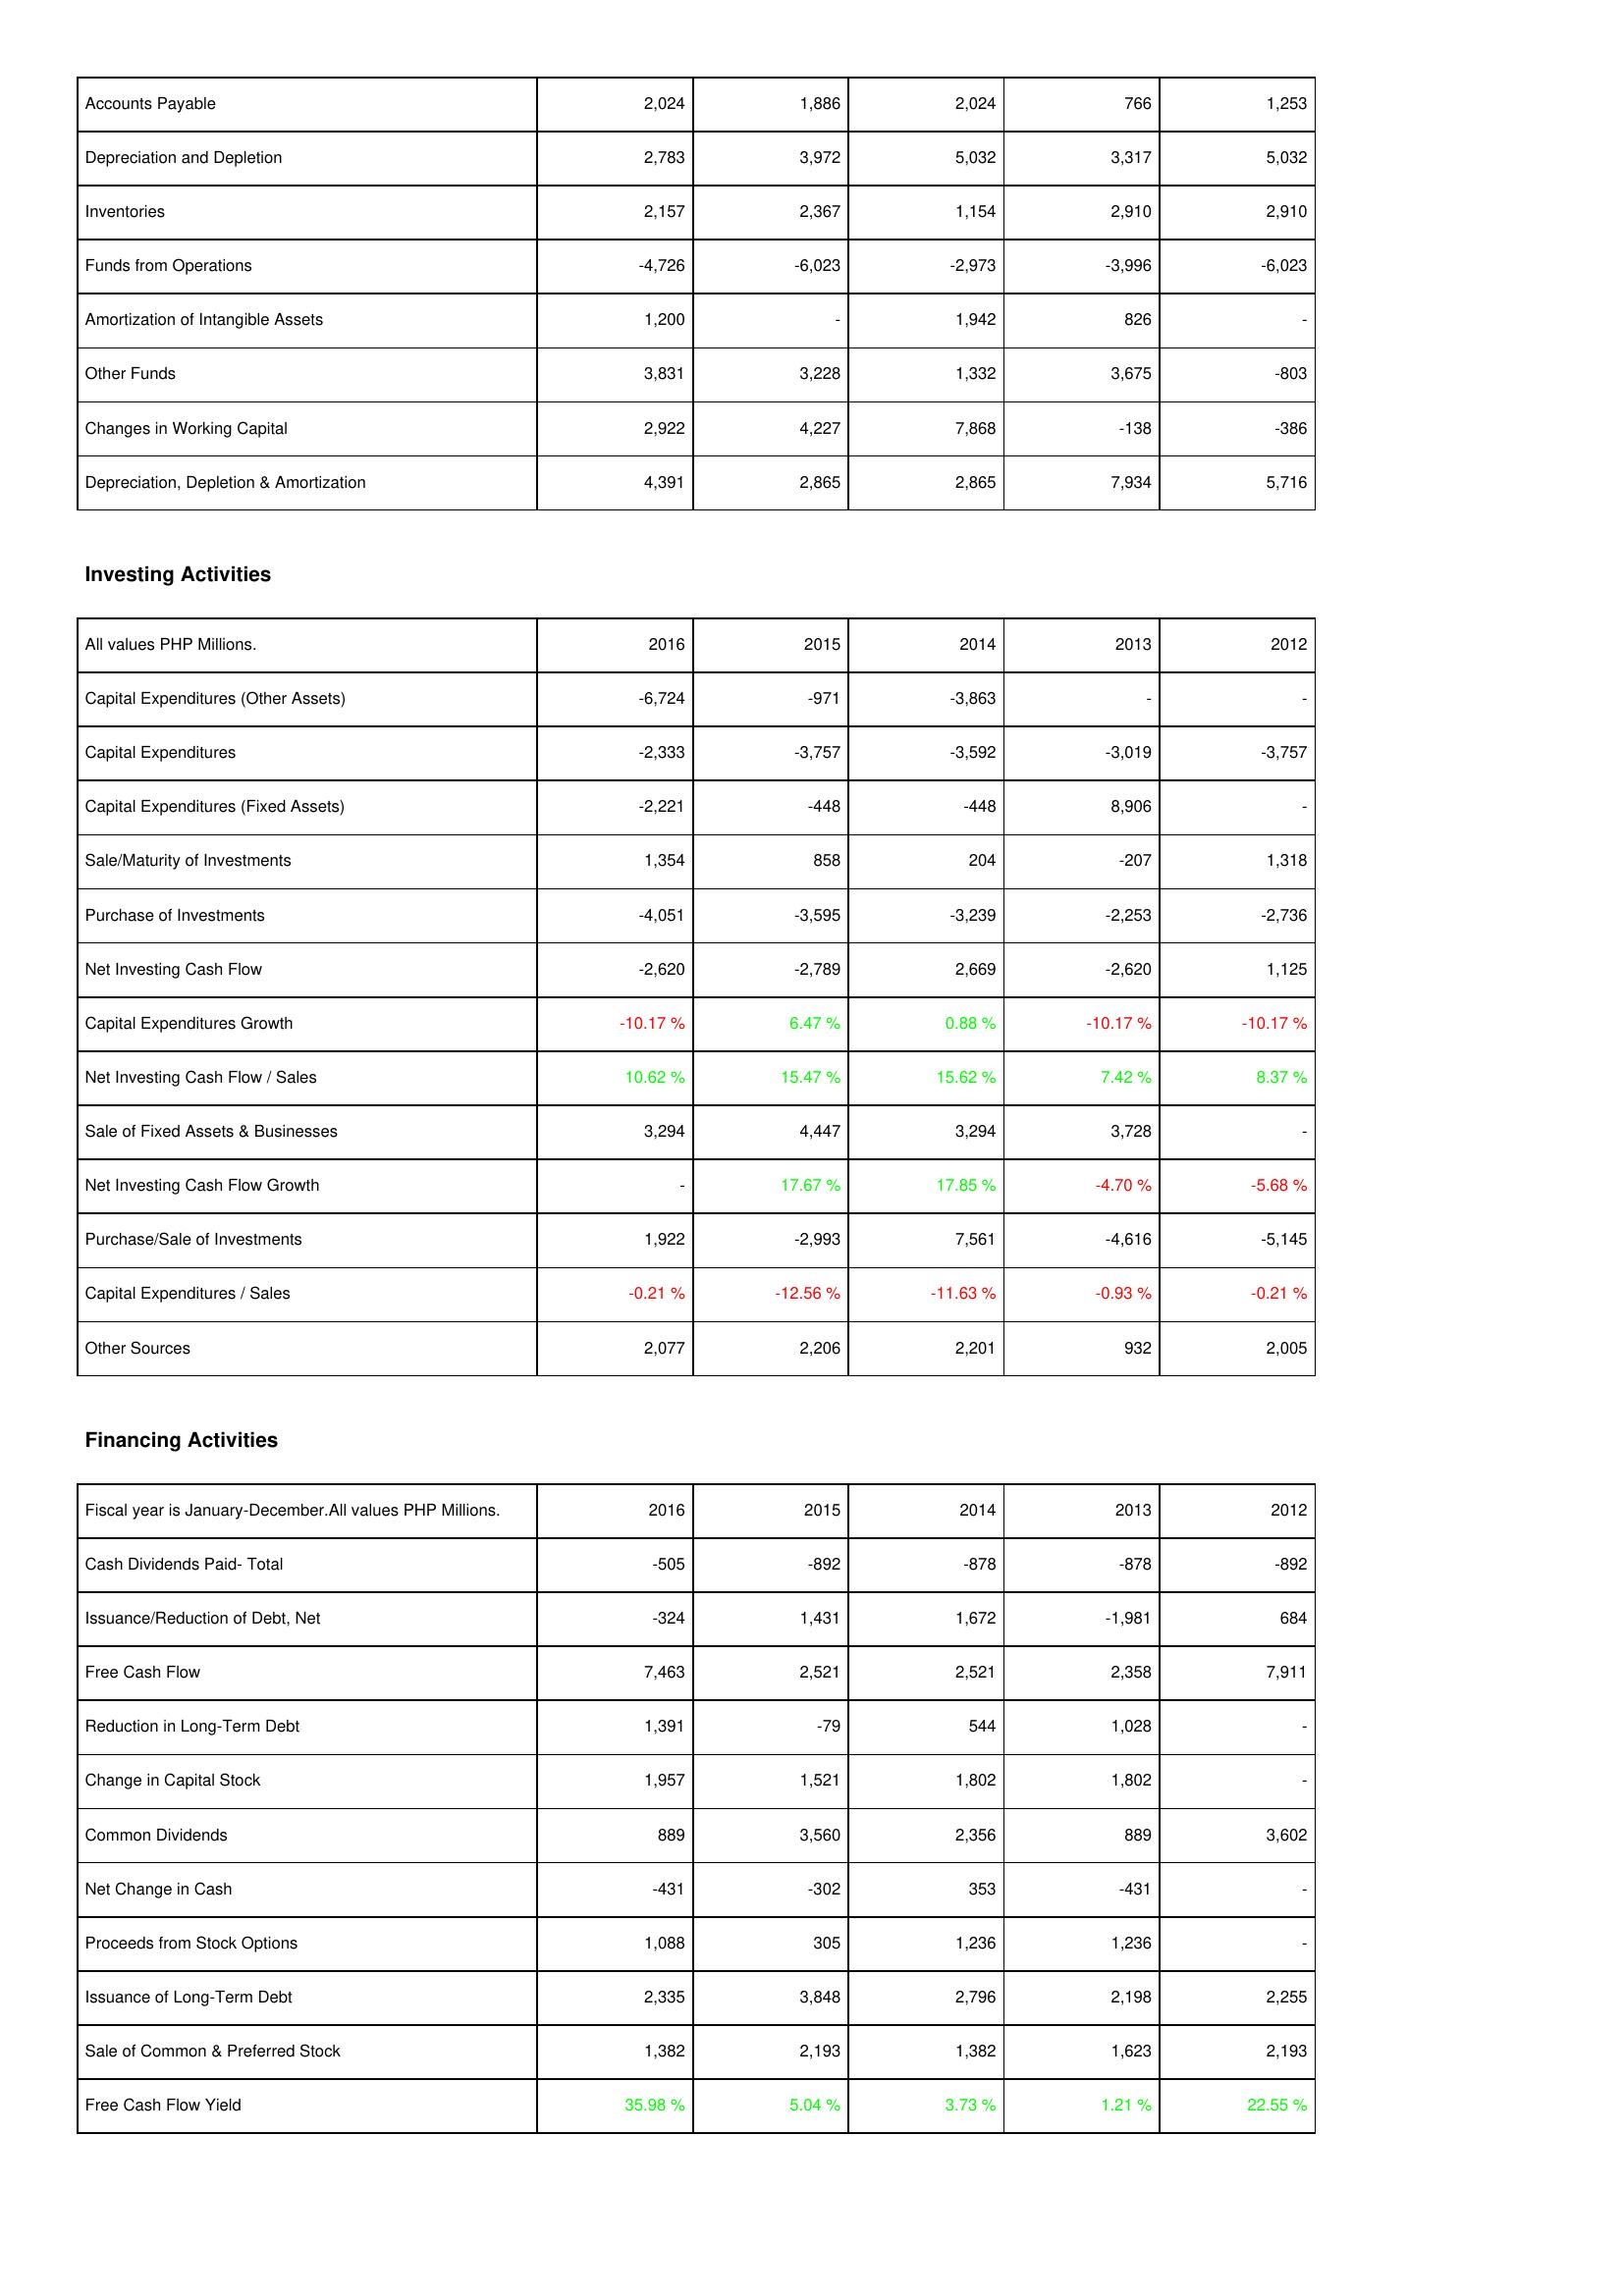
2016: Operating Activities: Accounts Payable: 2,024
Depreciation and Depletion: 2,783
Inventories: 2,157
Funds from Operations: -4,726
Amortization of Intangible Assets: 1,200
Other Funds: 3,831
Changes in Working Capital: 2,922
Depreciation, Depletion & Amortization: 4,391
Investing Activities: Capital Expenditures (Other Assets): -6,724
Capital Expenditures: -2,333
Capital Expenditures (Fixed Assets): -2,221
Sale/Maturity of Investments: 1,354
Purchase of Investments: -4,051
Net Investing Cash Flow: -2,620
Capital Expenditures Growth: -10.17 %
Net Investing Cash Flow / Sales: 10.62 %
Sale of Fixed Assets & Businesses: 3,294
Net Investing Cash Flow Growth: -
Purchase/Sale of Investments: 1,922
Capital Expenditures / Sales: -0.21 %
Other Sources: 2,077
Financing Activities: Cash Dividends Paid- Total: -505
Issuance/Reduction of Debt, Net: -324
Free Cash Flow: 7,463
Reduction in Long-Term Debt: 1,391
Change in Capital Stock: 1,957
Common Dividends: 889
Net Change in Cash: -431
Proceeds from Stock Options: 1,088
Issuance of Long-Term Debt: 2,335
Sale of Common & Preferred Stock: 1,382
Free Cash Flow Yield: 35.98 %
2015: Operating Activities: Accounts Payable: 1,886
Depreciation and Depletion: 3,972
Inventories: 2,367
Funds from Operations: -6,023
Amortization of Intangible Assets: -
Other Funds: 3,228
Changes in Working Capital: 4,227
Depreciation, Depletion & Amortization: 2,865
Investing Activities: Capital Expenditures (Other Assets): -971
Capital Expenditures: -3,757
Capital Expenditures (Fixed Assets): -448
Sale/Maturity of Investments: 858
Purchase of Investments: -3,595
Net Investing Cash Flow: -2,789
Capital Expenditures Growth: 6.47 %
Net Investing Cash Flow / Sales: 15.47 %
Sale of Fixed Assets & Businesses: 4,447
Net Investing Cash Flow Growth: 17.67 %
Purchase/Sale of Investments: -2,993
Capital Expenditures / Sales: -12.56 %
Other Sources: 2,206
Financing Activities: Cash Dividends Paid- Total: -892
Issuance/Reduction of Debt, Net: 1,431
Free Cash Flow: 2,521
Reduction in Long-Term Debt: -79
Change in Capital Stock: 1,521
Common Dividends: 3,560
Net Change in Cash: -302
Proceeds from Stock Options: 305
Issuance of Long-Term Debt: 3,848
Sale of Common & Preferred Stock: 2,193
Free Cash Flow Yield: 5.04 %
2014: Operating Activities: Accounts Payable: 2,024
Depreciation and Depletion: 5,032
Inventories: 1,154
Funds from Operations: -2,973
Amortization of Intangible Assets: 1,942
Other Funds: 1,332
Changes in Working Capital: 7,868
Depreciation, Depletion & Amortization: 2,865
Investing Activities: Capital Expenditures (Other Assets): -3,863
Capital Expenditures: -3,592
Capital Expenditures (Fixed Assets): -448
Sale/Maturity of Investments: 204
Purchase of Investments: -3,239
Net Investing Cash Flow: 2,669
Capital Expenditures Growth: 0.88 %
Net Investing Cash Flow / Sales: 15.62 %
Sale of Fixed Assets & Businesses: 3,294
Net Investing Cash Flow Growth: 17.85 %
Purchase/Sale of Investments: 7,561
Capital Expenditures / Sales: -11.63 %
Other Sources: 2,201
Financing Activities: Cash Dividends Paid- Total: -878
Issuance/Reduction of Debt, Net: 1,672
Free Cash Flow: 2,521
Reduction in Long-Term Debt: 544
Change in Capital Stock: 1,802
Common Dividends: 2,356
Net Change in Cash: 353
Proceeds from Stock Options: 1,236
Issuance of Long-Term Debt: 2,796
Sale of Common & Preferred Stock: 1,382
Free Cash Flow Yield: 3.73 %
2013: Operating Activities: Accounts Payable: 766
Depreciation and Depletion: 3,317
Inventories: 2,910
Funds from Operations: -3,996
Amortization of Intangible Assets: 826
Other Funds: 3,675
Changes in Working Capital: -138
Depreciation, Depletion & Amortization: 7,934
Investing Activities: Capital Expenditures (Other Assets): -
Capital Expenditures: -3,019
Capital Expenditures (Fixed Assets): 8,906
Sale/Maturity of Investments: -207
Purchase of Investments: -2,253
Net Investing Cash Flow: -2,620
Capital Expenditures Growth: -10.17 %
Net Investing Cash Flow / Sales: 7.42 %
Sale of Fixed Assets & Businesses: 3,728
Net Investing Cash Flow Growth: -4.70 %
Purchase/Sale of Investments: -4,616
Capital Expenditures / Sales: -0.93 %
Other Sources: 932
Financing Activities: Cash Dividends Paid- Total: -878
Issuance/Reduction of Debt, Net: -1,981
Free Cash Flow: 2,358
Reduction in Long-Term Debt: 1,028
Change in Capital Stock: 1,802
Common Dividends: 889
Net Change in Cash: -431
Proceeds from Stock Options: 1,236
Issuance of Long-Term Debt: 2,198
Sale of Common & Preferred Stock: 1,623
Free Cash Flow Yield: 1.21 %
2012: Operating Activities: Accounts Payable: 1,253
Depreciation and Depletion: 5,032
Inventories: 2,910
Funds from Operations: -6,023
Amortization of Intangible Assets: -
Other Funds: -803
Changes in Working Capital: -386
Depreciation, Depletion & Amortization: 5,716
Investing Activities: Capital Expenditures (Other Assets): -
Capital Expenditures: -3,757
Capital Expenditures (Fixed Assets): -
Sale/Maturity of Investments: 1,318
Purchase of Investments: -2,736
Net Investing Cash Flow: 1,125
Capital Expenditures Growth: -10.17 %
Net Investing Cash Flow / Sales: 8.37 %
Sale of Fixed Assets & Businesses: -
Net Investing Cash Flow Growth: -5.68 %
Purchase/Sale of Investments: -5,145
Capital Expenditures / Sales: -0.21 %
Other Sources: 2,005
Financing Activities: Cash Dividends Paid- Total: -892
Issuance/Reduction of Debt, Net: 684
Free Cash Flow: 7,911
Reduction in Long-Term Debt: -
Change in Capital Stock: -
Common Dividends: 3,602
Net Change in Cash: -
Proceeds from Stock Options: -
Issuance of Long-Term Debt: 2,255
Sale of Common & Preferred Stock: 2,193
Free Cash Flow Yield: 22.55 %